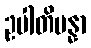
ဥပါတိပန္နာ